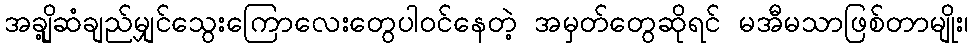
အချို့ဆံချည်မျှင်သွေးကြောလေးတွေပါဝင်နေတဲ့ အမှတ်တွေဆိုရင် မအီမသာဖြစ်တာမျိုး၊